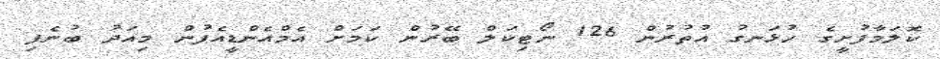
ކޮލަމާފުށީގެ ހުޅަނގު އުތުރުން 126 ނޯޓިކަލް ބޭރުން ކަމަށް އެމްއެންޑީއެފުން މިއަދު ބުނެފި